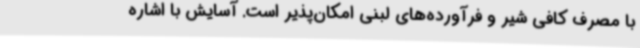
با مصرف کافی شیر و فرآورده‌های لبنی امکان‌پذیر است. آسایش با اشاره